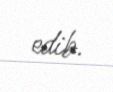
edib.